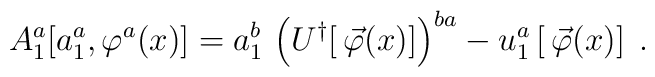
A_1^a \big[ a_1^a, \varphi^a(x) \big] =   a_1^b \, \left( U^\dagger [\, \vec \varphi(x)] \right)^{ba}  - u_1^a \left[\, \vec \varphi(x) \right] \; .